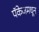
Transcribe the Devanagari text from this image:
पॅकेजमधून